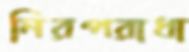
নিরপরাধা